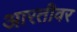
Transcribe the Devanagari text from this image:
आरतीवर